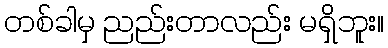
တစ်ခါမှ ညည်းတာလည်း မရှိဘူး။